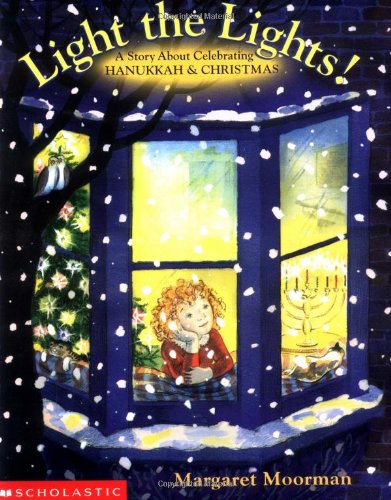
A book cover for Light The Lights! A Story About Celebrating Hanukkah And Christmas; Margaret Moorman; Children's Books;